Lunatic asylums Bombay report 1878-1890 - 1878-1890
Year: 1878
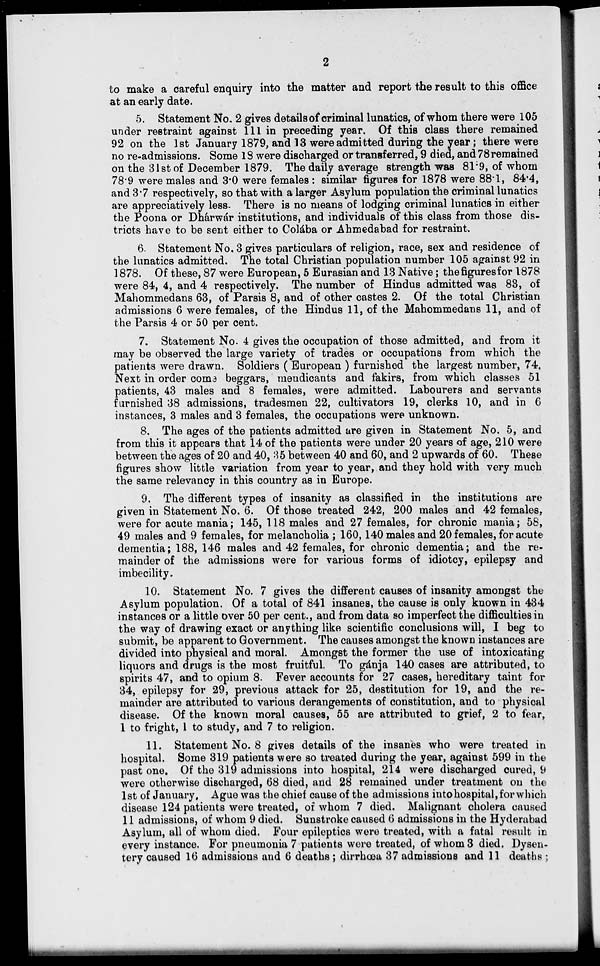
2
to make a careful enquiry into the matter and report the result to this office
at an early date.
5. Statement No. 2 gives details of criminal lunatics, of whom there were 105
under restraint against 111 in preceding year. Of this class there remained
92 on the 1st January 1879, and 13 were admitted during the year; there were
no re-admissions. Some 18 were discharged or transferred, 9 died, and 78remained
on the 31st of December 1879. The daily average strength was 81.9, of whom
78.9 were males and 3.0 were females: similar figures for 1878 were 88.1, 84.4,
and 3.7 respectively, so that with a larger Asylum population the criminal lunatics
are appreciatively less. There is no means of lodging criminal lunatics in either
the Poona or Dhárwár institutions, and individuals of this class from those dis-
tricts have to be sent either to Colába or Ahmedabad for restraint.
6. Statement No. 3 gives particulars of religion, race, sex and residence of
the lunatics admitted. The total Christian population number 105 against 92 in
1878. Of these, 87 were European, 5 Eurasian and 13 Native; the figures for 1878
were 84, 4, and 4 respectively. The number of Hindus admitted was 83, of
Mahommedans 63, of Parsis 8, and of other castes 2. Of the total Christian
admissions 6 were females, of the Hindus 11, of the Mahommedans 11, and of
the Parsis 4 or 50 per cent.
7. Statement No. 4 gives the occupation of those admitted, and from it
may be observed the large variety of trades or occupations from which the
patients were drawn. Soldiers ( European ) furnished the largest number, 74.
Next in order come beggars, mendicants and fakirs, from which classes 51
patients, 43 males and 8 females, were admitted. Labourers and servants
furnished 38 admissions, tradesmen 22, cultivators 19, clerks 10, and in 6
instances, 3 males and 3 females, the occupations were unknown.
8. The ages of the patients admitted are given in Statement No. 5, and
from this it appears that 14 of the patients were under 20 years of age, 210 were
between the ages of 20 and 40, 35 between 40 and 60, and 2 upwards of 60. These
figures show little variation from year to year, and they hold with very much
the same relevancy in this country as in Europe.
9. The different types of insanity as classified in the institutions are
given in Statement No. 6. Of those treated 242, 200 males and 42 females,
were for acute mania; 145, 118 males and 27 females, for chronic mania; 58,
49 males and 9 females, for melancholia ; 160, 140 males and 20 females, for acute
dementia; 188, 146 males and 42 females, for chronic dementia; and the re-
mainder of the admissions were for various forms of idiotcy, epilepsy and
imbecility.
10. Statement No. 7 gives the different causes of insanity amongst the
Asylum population. Of a total of 841 insanes, the cause is only known in 434
instances or a little over 50 per cent., and from data so imperfect the difficulties in
the way of drawing exact or anything like scientific conclusions will, I beg to
submit, be apparent to Government. The causes amongst the known instances are
divided into physical and moral. Amongst the former the use of intoxicating
liquors and drugs is the most fruitful. To gánja 140 cases are attributed, to
spirits 47, and to opium 8. Fever accounts for 27 cases, hereditary taint for
34, epilepsy for 29, previous attack for 25, destitution for 19, and the re-
mainder are attributed to various derangements of constitution, and to physical
disease. Of the known moral causes, 55 are attributed to grief, 2 to fear,
1 to fright, 1 to study, and 7 to religion.
11. Statement No. 8 gives details of the insanès who were treated in
hospital. Some 319 patients were so treated during the year, against 599 in the
past one. Of the 319 admissions into hospital, 214 were discharged cured, 9
were otherwise discharged, 68 died, and 28 remained under treatment on the
1st of January, Ague was the chief cause of the admissions intohospital, for which
disease 124 patients were treated, of whom 7 died. Malignant cholera caused
11 admissions, of whom 9 died. Sunstroke caused 6 admissions in the Hyderabad
Asylum, all of whom died. Four epileptics were treated, with a fatal result in
every instance. For pneumonia 7 patients were treated, of whom 3 died. Dysen-
tery caused 16 admissions and 6 deaths; dirrhœa 37 admissions and 11 deaths ;